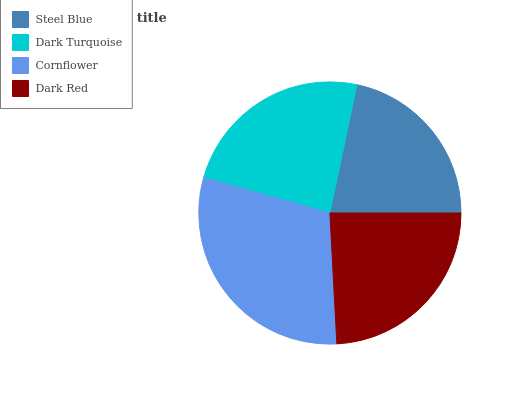
| Steel Blue | Dark Turquoise | Cornflower | Dark Red |
 | --- | --- | --- | --- |
 | 21.6% | 24% | 30.2% | 24.2% |